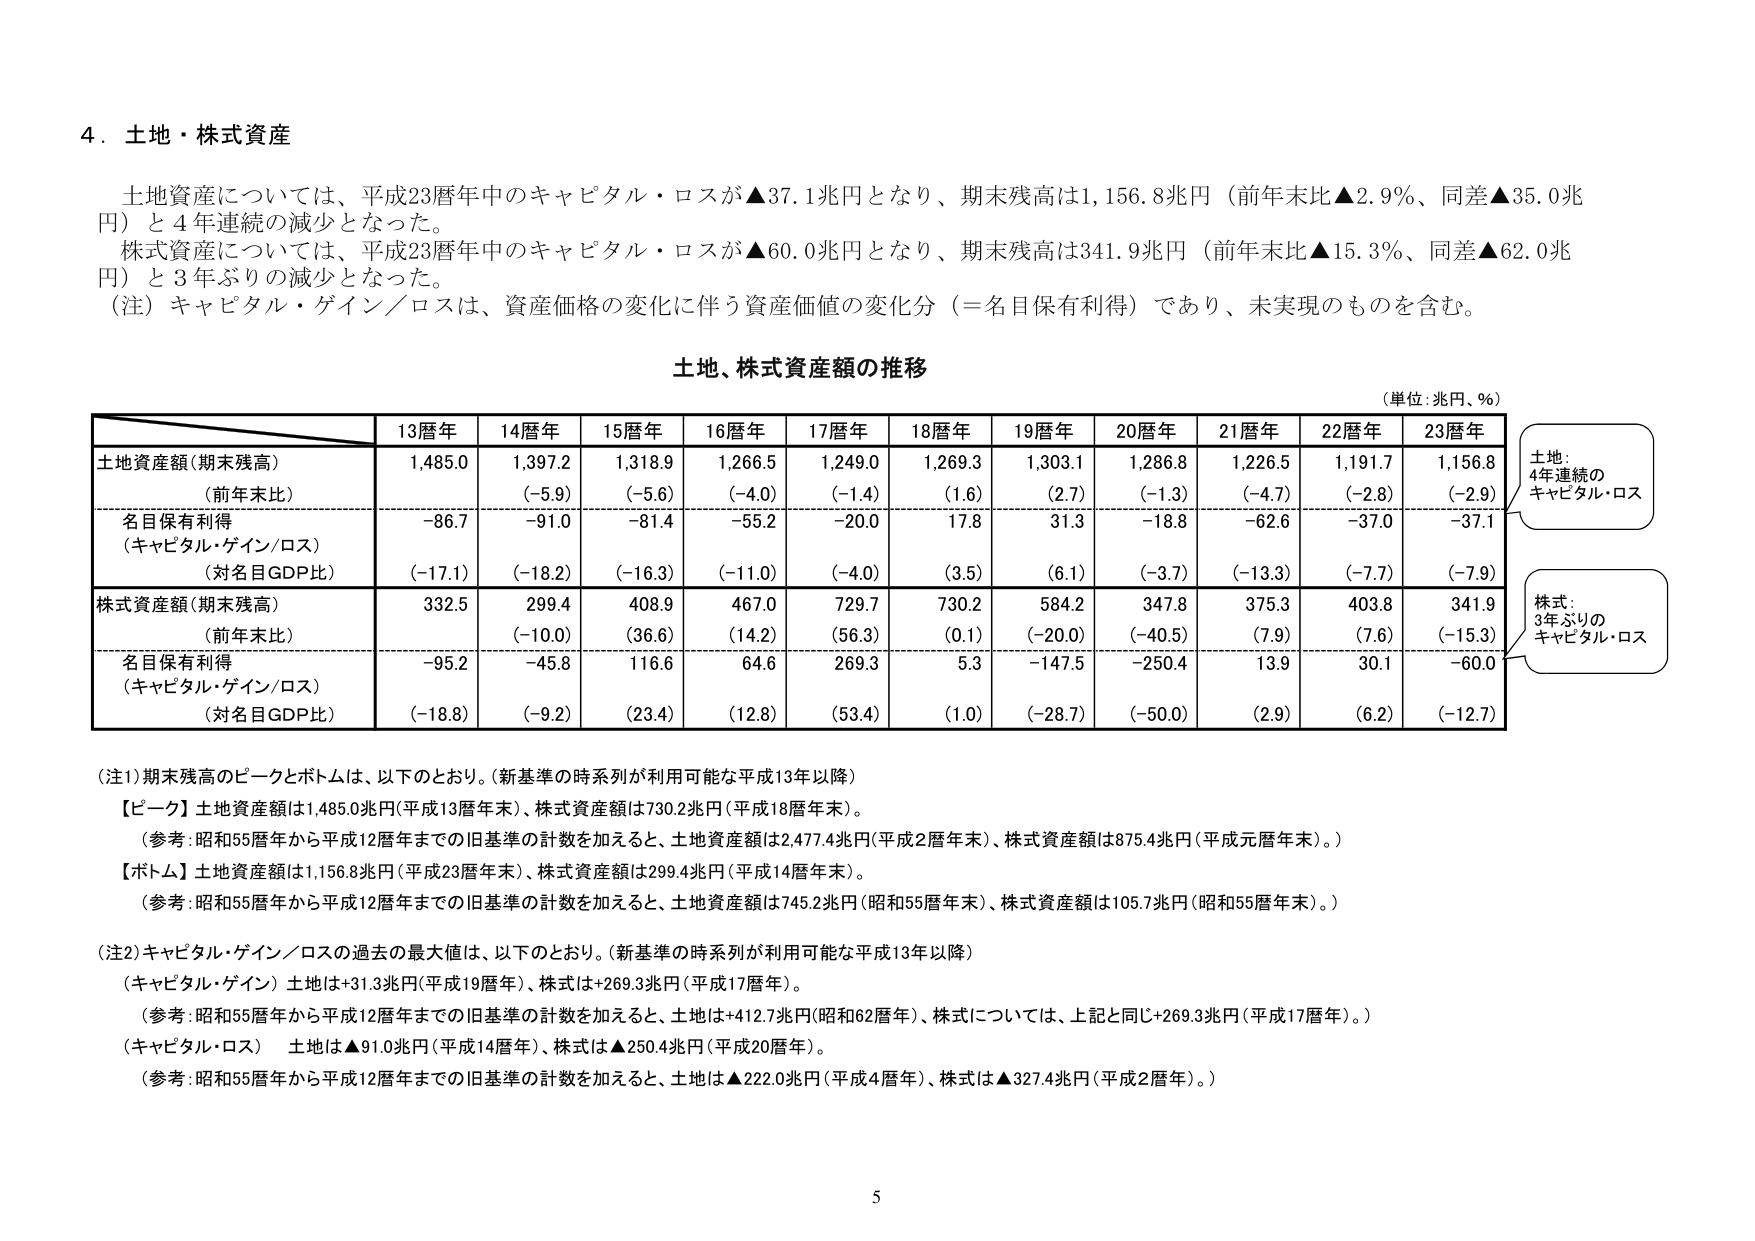
4．土地・株式資産

土地資産については、平成23暦年中のキャピタル・ロスが▲37.1兆円となり、期末残高は1,156.8兆円（前年末比▲2.9％、同差▲35.0兆円）と4年連続の減少となった。

株式資産については、平成23暦年中のキャピタル・ロスが▲60.0兆円となり、期末残高は341.9兆円（前年末比▲15.3％、同差▲62.0兆円）と3年ぶりの減少となった。

（注）キャピタル・ゲイン／ロスは、資産価格の変化に伴う資産価値の変化分（＝名目保有利得）であり、未実現のものを含む。

土地、株式資産額の推移

（単位：兆円、％）

13暦年　14暦年　15暦年　16暦年　17暦年　18暦年　19暦年　20暦年　21暦年　22暦年　23暦年

土地資産額（期末残高）　1,485.0　1,397.2　1,318.9　1,266.5　1,249.0　1,269.3　1,303.1　1,286.8　1,226.5　1,191.7　1,156.8
（前年末比）　　　　　　（-5.9）　（-5.6）　（-4.0）　（-1.4）　（1.6）　　（2.7）　　（-1.3）　（-4.7）　（-2.8）　（-2.9）

名目保有利得　　　　　　-86.7　　-91.0　　-81.4　　-55.2　　-20.0　　17.8　　31.3　　-18.8　　-62.6　　-37.0　　-37.1
（キャピタル・ゲイン/ロス）
（対名目GDP比）　　　　（-17.1）　（-18.2）　（-16.3）　（-11.0）　（-4.0）　（3.5）　　（6.1）　　（-3.7）　（-13.3）　（-7.7）　（-7.9）

株式資産額（期末残高）　332.5　　299.4　　408.9　　467.0　　729.7　　730.2　　584.2　　347.8　　375.3　　403.8　　341.9
（前年末比）　　　　　　（-10.0）　（36.6）　（14.2）　（56.3）　（0.1）　　（-20.0）　（-40.5）　（7.9）　　（7.6）　　（-15.3）

名目保有利得　　　　　　-95.2　　-45.8　　116.6　　64.6　　269.3　　5.3　　-147.5　　-250.4　　13.9　　30.1　　-60.0
（キャピタル・ゲイン/ロス）
（対名目GDP比）　　　　（-18.8）　（-9.2）　（23.4）　（12.8）　（53.4）　（1.0）　　（-28.7）　（-50.0）　（2.9）　　（6.2）　　（-12.7）

土地：4年連続の
キャピタル・ロス

株式：3年ぶりの
キャピタル・ロス

（注1）期末残高のピークとボトムは、以下のとおり。（新基準の時系列が利用可能な平成13年以降）
【ピーク】土地資産額は1,485.0兆円（平成13暦年末）、株式資産額は730.2兆円（平成18暦年末）。
（参考：昭和55暦年から平成12暦年までの旧基準の計数を加えると、土地資産額は2,477.4兆円（平成2暦年末）、株式資産額は875.4兆円（平成元暦年末）。）
【ボトム】土地資産額は1,156.8兆円（平成23暦年末）、株式資産額は299.4兆円（平成14暦年末）。
（参考：昭和55暦年から平成12暦年までの旧基準の計数を加えると、土地資産額は745.2兆円（昭和55暦年末）、株式資産額は105.7兆円（昭和55暦年末）。）

（注2）キャピタル・ゲイン／ロスの過去の最大値は、以下のとおり。（新基準の時系列が利用可能な平成13年以降）
（キャピタル・ゲイン）土地は+31.3兆円（平成19暦年）、株式は+269.3兆円（平成17暦年）。
（参考：昭和55暦年から平成12暦年までの旧基準の計数を加えると、土地は+412.7兆円（昭和62暦年）、株式については、上記と同じ+269.3兆円（平成17暦年）。）
（キャピタル・ロス）　土地は▲91.0兆円（平成14暦年）、株式は▲250.4兆円（平成20暦年）。
（参考：昭和55暦年から平成12暦年までの旧基準の計数を加えると、土地は▲222.0兆円（平成4暦年）、株式は▲327.4兆円（平成2暦年）。）

5